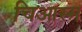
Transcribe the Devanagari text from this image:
चिआस्म